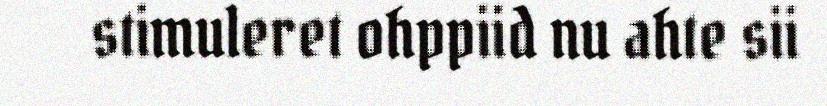
stimuleret ohppiid nu ahte sii